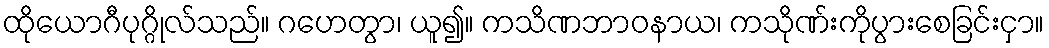
ထိုယောဂီပုဂ္ဂိုလ်သည်။ ဂဟေတွာ၊ ယူ၍။ ကသိဏဘာဝနာယ၊ ကသိုဏ်းကိုပွားစေခြင်းငှာ။